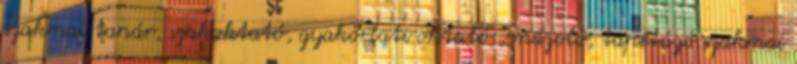
szakmai tanár, szakoktató, gyakorlati oktató , mázoló, tapétázó szakmai